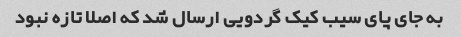
به جاى پای سیب کیک گردویی ارسال شد که اصلا تازه نبود